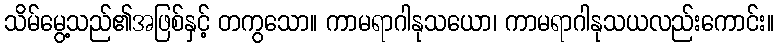
သိမ်မွေ့သည်၏အဖြစ်နှင့် တကွသော။ ကာမရာဂါနုသယော၊ ကာမရာဂါနုသယလည်းကောင်း။